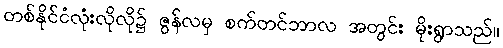
တစ်နိုင်ငံလုံးလိုလို၌ ဇွန်လမှ စက်တင်ဘာလ အတွင်း မိုးရွာသည်။